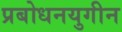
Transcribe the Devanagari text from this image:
प्रबोधनयुगीन